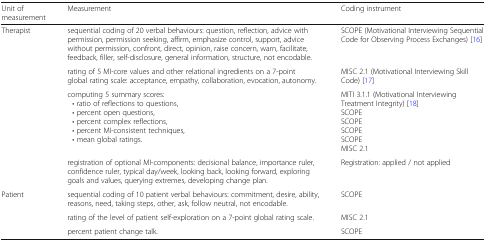
<table><thead><tr><td><b>Unit of measurement</b></td><td><b>Measurement</b></td><td><b>Coding instrument</b></td></tr></thead><tbody><tr><td rowspan="4">Therapist</td><td>sequential coding of 20 verbal behaviours: question, reflection, advice with permission, permission seeking, affirm, emphasize control, support, advice without permission, confront, direct, opinion, raise concern, warn, facilitate, feedback, filler, self-disclosure, general information, structure, not encodable.</td><td>SCOPE (Motivational Interviewing Sequential Code for Observing Process Exchanges) [16]</td></tr><tr><td>rating of 5 MI-core values and other relational ingredients on a 7-point global rating scale: acceptance, empathy, collaboration, evocation, autonomy.</td><td>MISC 2.1 (Motivational Interviewing Skill Code) [17]</td></tr><tr><td>computing 5 summary scores: • ratio of reflections to questions, • percent open questions, • percent complex reflections, • percent MI-consistent techniques, • mean global ratings.</td><td>MITI 3.1.1 (Motivational Interviewing Treatment Integrity) [18]SCOPESCOPESCOPESCOPEMISC 2.1</td></tr><tr><td>registration of optional MI-components: decisional balance, importance ruler, confidence ruler, typical day/week, looking back, looking forward, exploring goals and values, querying extremes, developing change plan.</td><td>Registration: applied / not applied</td></tr><tr><td rowspan="3">Patient</td><td>sequential coding of 10 patient verbal behaviours: commitment, desire, ability, reasons, need, taking steps, other, ask, follow neutral, not encodable.</td><td>SCOPE</td></tr><tr><td>rating of the level of patient self-exploration on a 7-point global rating scale.</td><td>MISC 2.1</td></tr><tr><td>percent patient change talk.</td><td>SCOPE</td></tr></tbody></table>